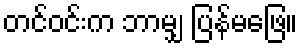
တင်ဝင်းက ဘာမျှ ပြန်မဖြေ။